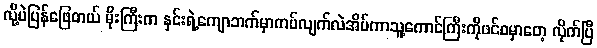
လို့ပဲပြန်ဖြေတယ် မိုးကြီးက နှင်းရဲ့ကျောဘက်မှာကပ်လျက်လဲအိပ်ကာသူ့ကောင်ကြီးကိုဖင်ဝမှာတေ့ လိုက်ပြီ